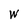
Character: W